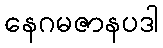
နေဂမဇာနပဒါ